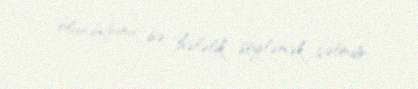
olunduğunu isə hələlik söyləmək çətindir.